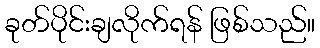
ခုတ်ပိုင်းချလိုက်ရန် ဖြစ်သည်။